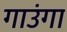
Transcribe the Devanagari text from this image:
गाउंगा